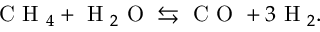
\mathrm { ~ C ~ H ~ } _ { 4 } + \mathrm { ~ H ~ } _ { 2 } \mathrm { ~ O ~ } \leftrightarrows \mathrm { ~ C ~ O ~ } + 3 \mathrm { ~ H ~ } _ { 2 } .